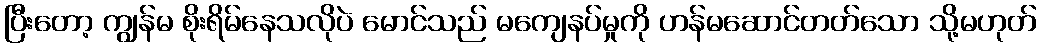
ပြီးတော့ ကျွန်မ စိုးရိမ်နေသလိုပဲ မောင်သည် မကျေနပ်မှုကို ဟန်မဆောင်တတ်သော သို့မဟုတ်